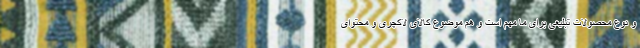
و نوع محصولات تبلیغی برای ما مهم است و هم موضوع کالای لاکچری و محتوای